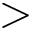
>